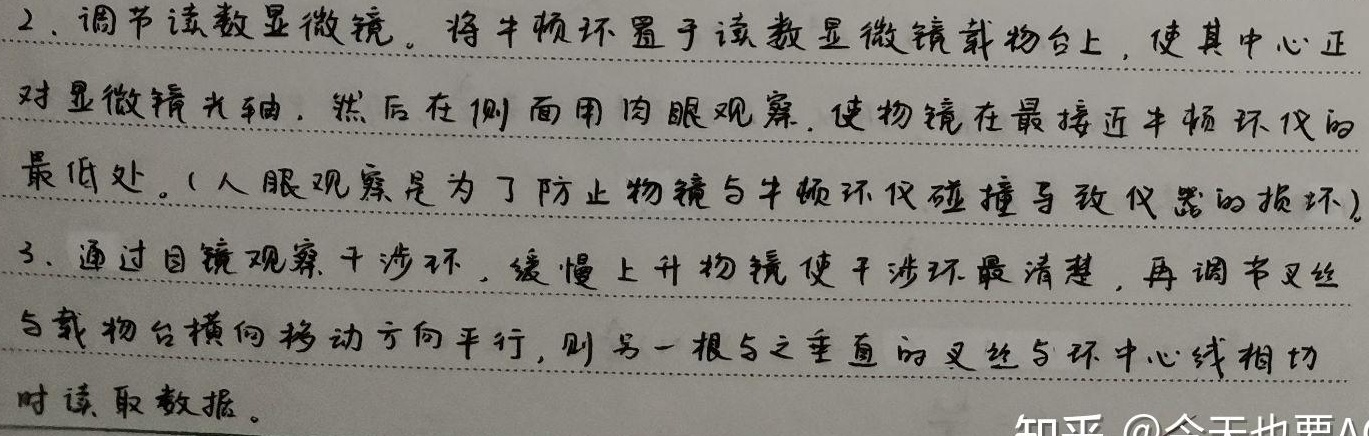
2. 调节读数显微镜。将牛顿环置于读数显微镜载物台上，使其中心正对显微镜光轴，然后在侧面用肉眼观察，使物镜在最接近牛顿环仪的最低处。( 人眼观察是为了防止物镜与牛顿环仪碰撞导致仪器的损坏)
3. 通过目镜观察干涉环，缓慢上升物镜使干涉环最清楚，再调节叉丝与载物台横向移动方向平行， 则另一根与之垂直的叉丝与环中心线相切时读取数据。知乎 @今天也要A